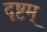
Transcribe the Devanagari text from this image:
दृष्टम्